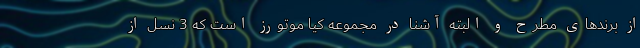
از برندهای مطرح و البته آشنا در مجموعه کیا موتورز است که 3 نسل از